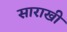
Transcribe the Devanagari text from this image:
साराखी